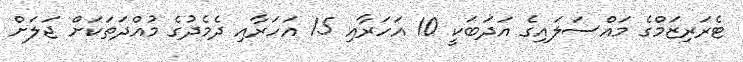
ޓެރަރިޒަމްގެ މައްސަލައިގެ އަދަބަކީ 10 އަހަރާއި 15 އަހަރާއި ދެމެދުގެ މުއްދަތަކަށް ޖަލަށް